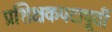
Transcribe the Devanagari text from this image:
प्रशिक्षकपदापूर्वी